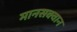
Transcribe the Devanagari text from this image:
मानसक्वान